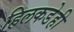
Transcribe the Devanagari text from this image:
हिलकडेही